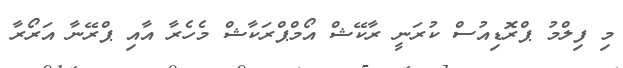
މި ފިލްމު ޕްރޮޑިއުސް ކުރަނީ ރާކޭޝް އޯމްޕްރަކާޝް މެހެރާ އާއި ޕްރޭނާ އަރޯރާ